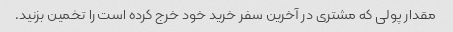
مقدار پولی که مشتری در آخرین سفر خرید خود خرج کرده است را تخمین بزنید.